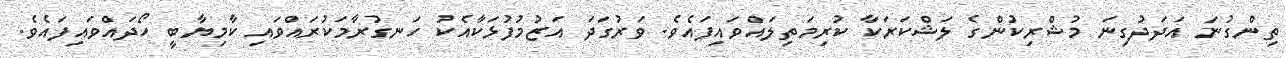
ތިންގުނަ އަދަދުގިނަ މުޝްރިކުންގެ ލަޝްކަރަކާ ކުރިމަތިލައްވައިފައެވެ. ވަރުގަދަ އަޒުމުފުޅަކާއެކު ހަނގުރާމަކުރައްވައި ކާމިޔާބީ ހޯދައްވައިފައެވެ.